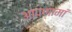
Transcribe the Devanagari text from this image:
आपणामां